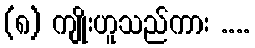
(၈) ကျိုးဟူသည်ကား ....